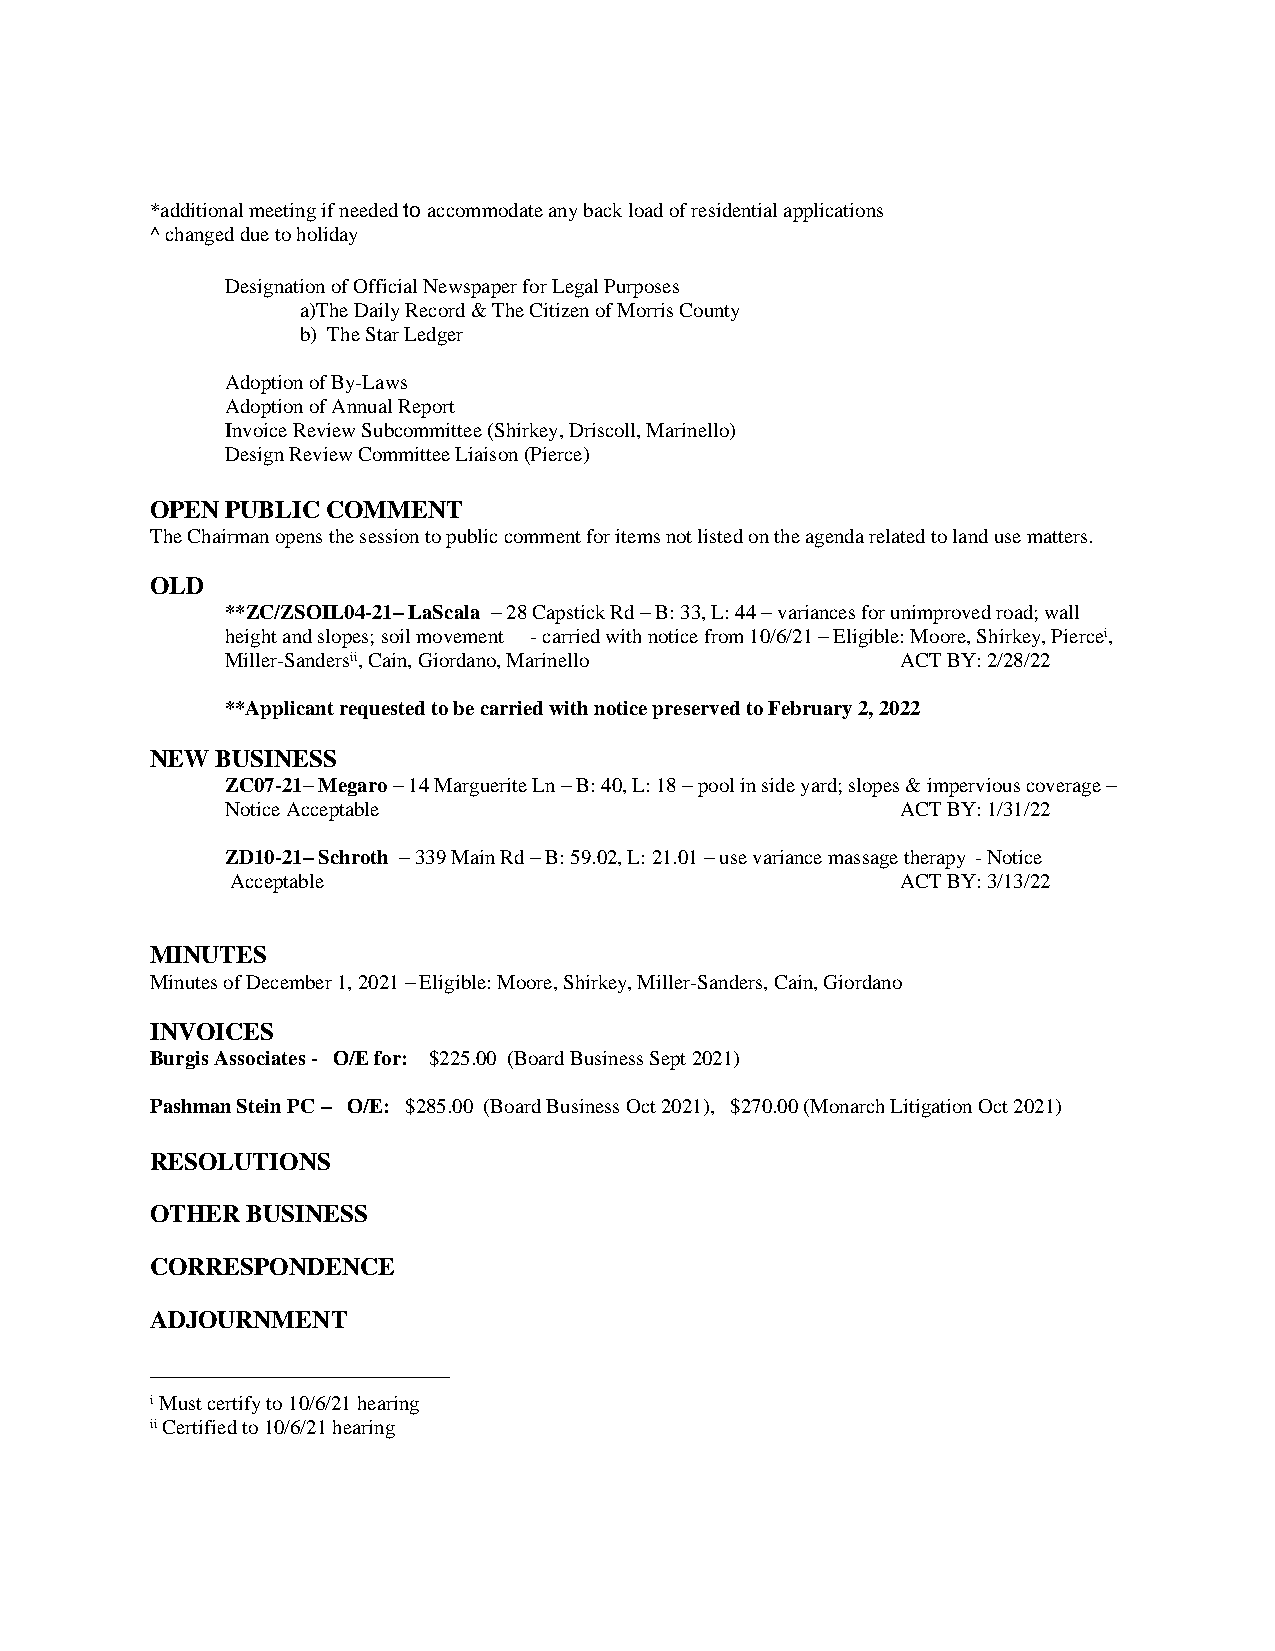
*additional meeting if needed to accommodate any back load of residential applications
 ^ changed due to holiday
 Designation of Official Newspaper for Legal Purposes
 a)The Daily Record & The Citizen of Morris County
 b) The Star Ledger
 Adoption of By-Laws
 Adoption of Annual Report
 Invoice Review Subcommittee (Shirkey, Driscoll, Marinello)
 Design Review Committee Liaison (Pierce)
 OPEN PUBLIC COMMENT
 The Chairman opens the session to public comment for items not listed on the agenda related to land use matters.
 OLD
 **ZC/ZSOIL04-21– LaScala – 28 Capstick Rd – B: 33, L: 44 – variances for unimproved road; wall
 height and slopes; soil movement - carried with notice from 10/6/21 – Eligible: Moore, Shirkey, Piercei,
 Miller-Sandersii, Cain, Giordano, Marinello  ACT BY: 2/28/22
 **Applicant requested to be carried with notice preserved to February 2, 2022
 NEW BUSINESS
 ZC07-21– Megaro – 14 Marguerite Ln – B: 40, L: 18 – pool in side yard; slopes & impervious coverage –
 Notice Acceptable                            ACT BY: 1/31/22
 ZD10-21– Schroth – 339 Main Rd – B: 59.02, L: 21.01 – use variance massage therapy - Notice
 Acceptable                                   ACT BY: 3/13/22
 MINUTES
 Minutes of December 1, 2021 – Eligible: Moore, Shirkey, Miller-Sanders, Cain, Giordano
 INVOICES
 Burgis Associates - O/E for: $225.00 (Board Business Sept 2021)
 Pashman Stein PC – O/E: $285.00 (Board Business Oct 2021), $270.00 (Monarch Litigation Oct 2021)
 RESOLUTIONS
 OTHER BUSINESS
 CORRESPONDENCE
 ADJOURNMENT
 i Must certify to 10/6/21 hearing
 ii Certified to 10/6/21 hearing